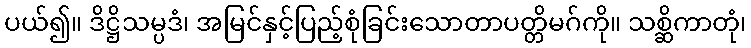
ပယ်၍။ ဒိဋ္ဌိသမ္ပဒံ၊ အမြင်နှင့်ပြည့်စုံခြင်းသောတာပတ္တိမဂ်ကို။ သစ္ဆိကာတုံ၊